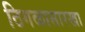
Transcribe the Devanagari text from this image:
ठिगळासारखा